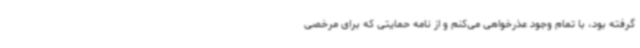
گرفته بود، با تمام وجود عذرخواهی می‌کنم و از نامه حمایتی که برای مرخصی